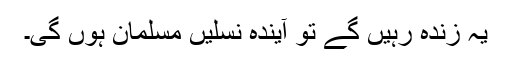
یہ زندہ رہیں گے تو آیندہ نسلیں مسلمان ہوں گی۔